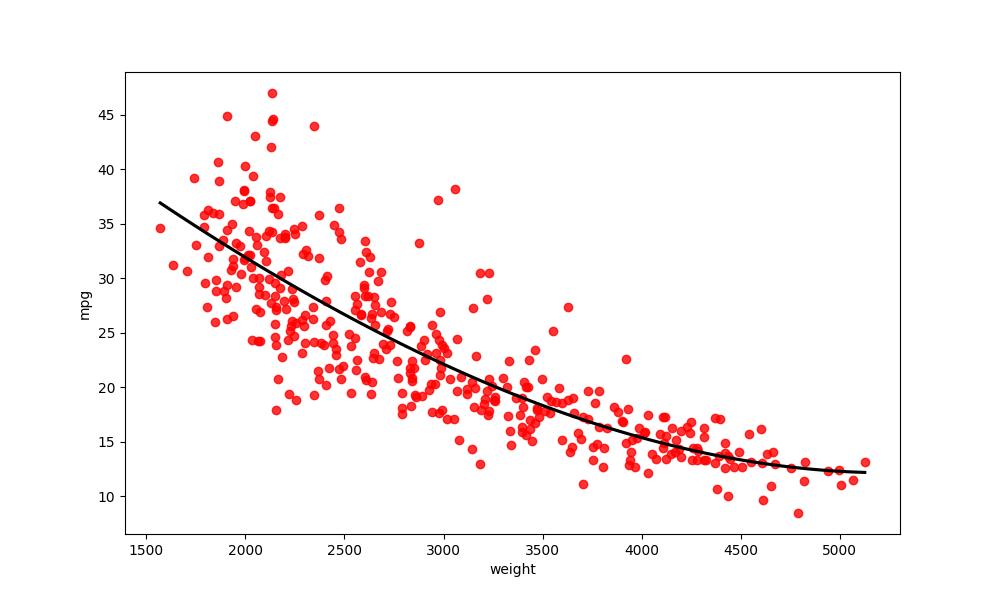
python, seaborn, regplot, order=3, ci=None, scatter_color=red, line_color=black